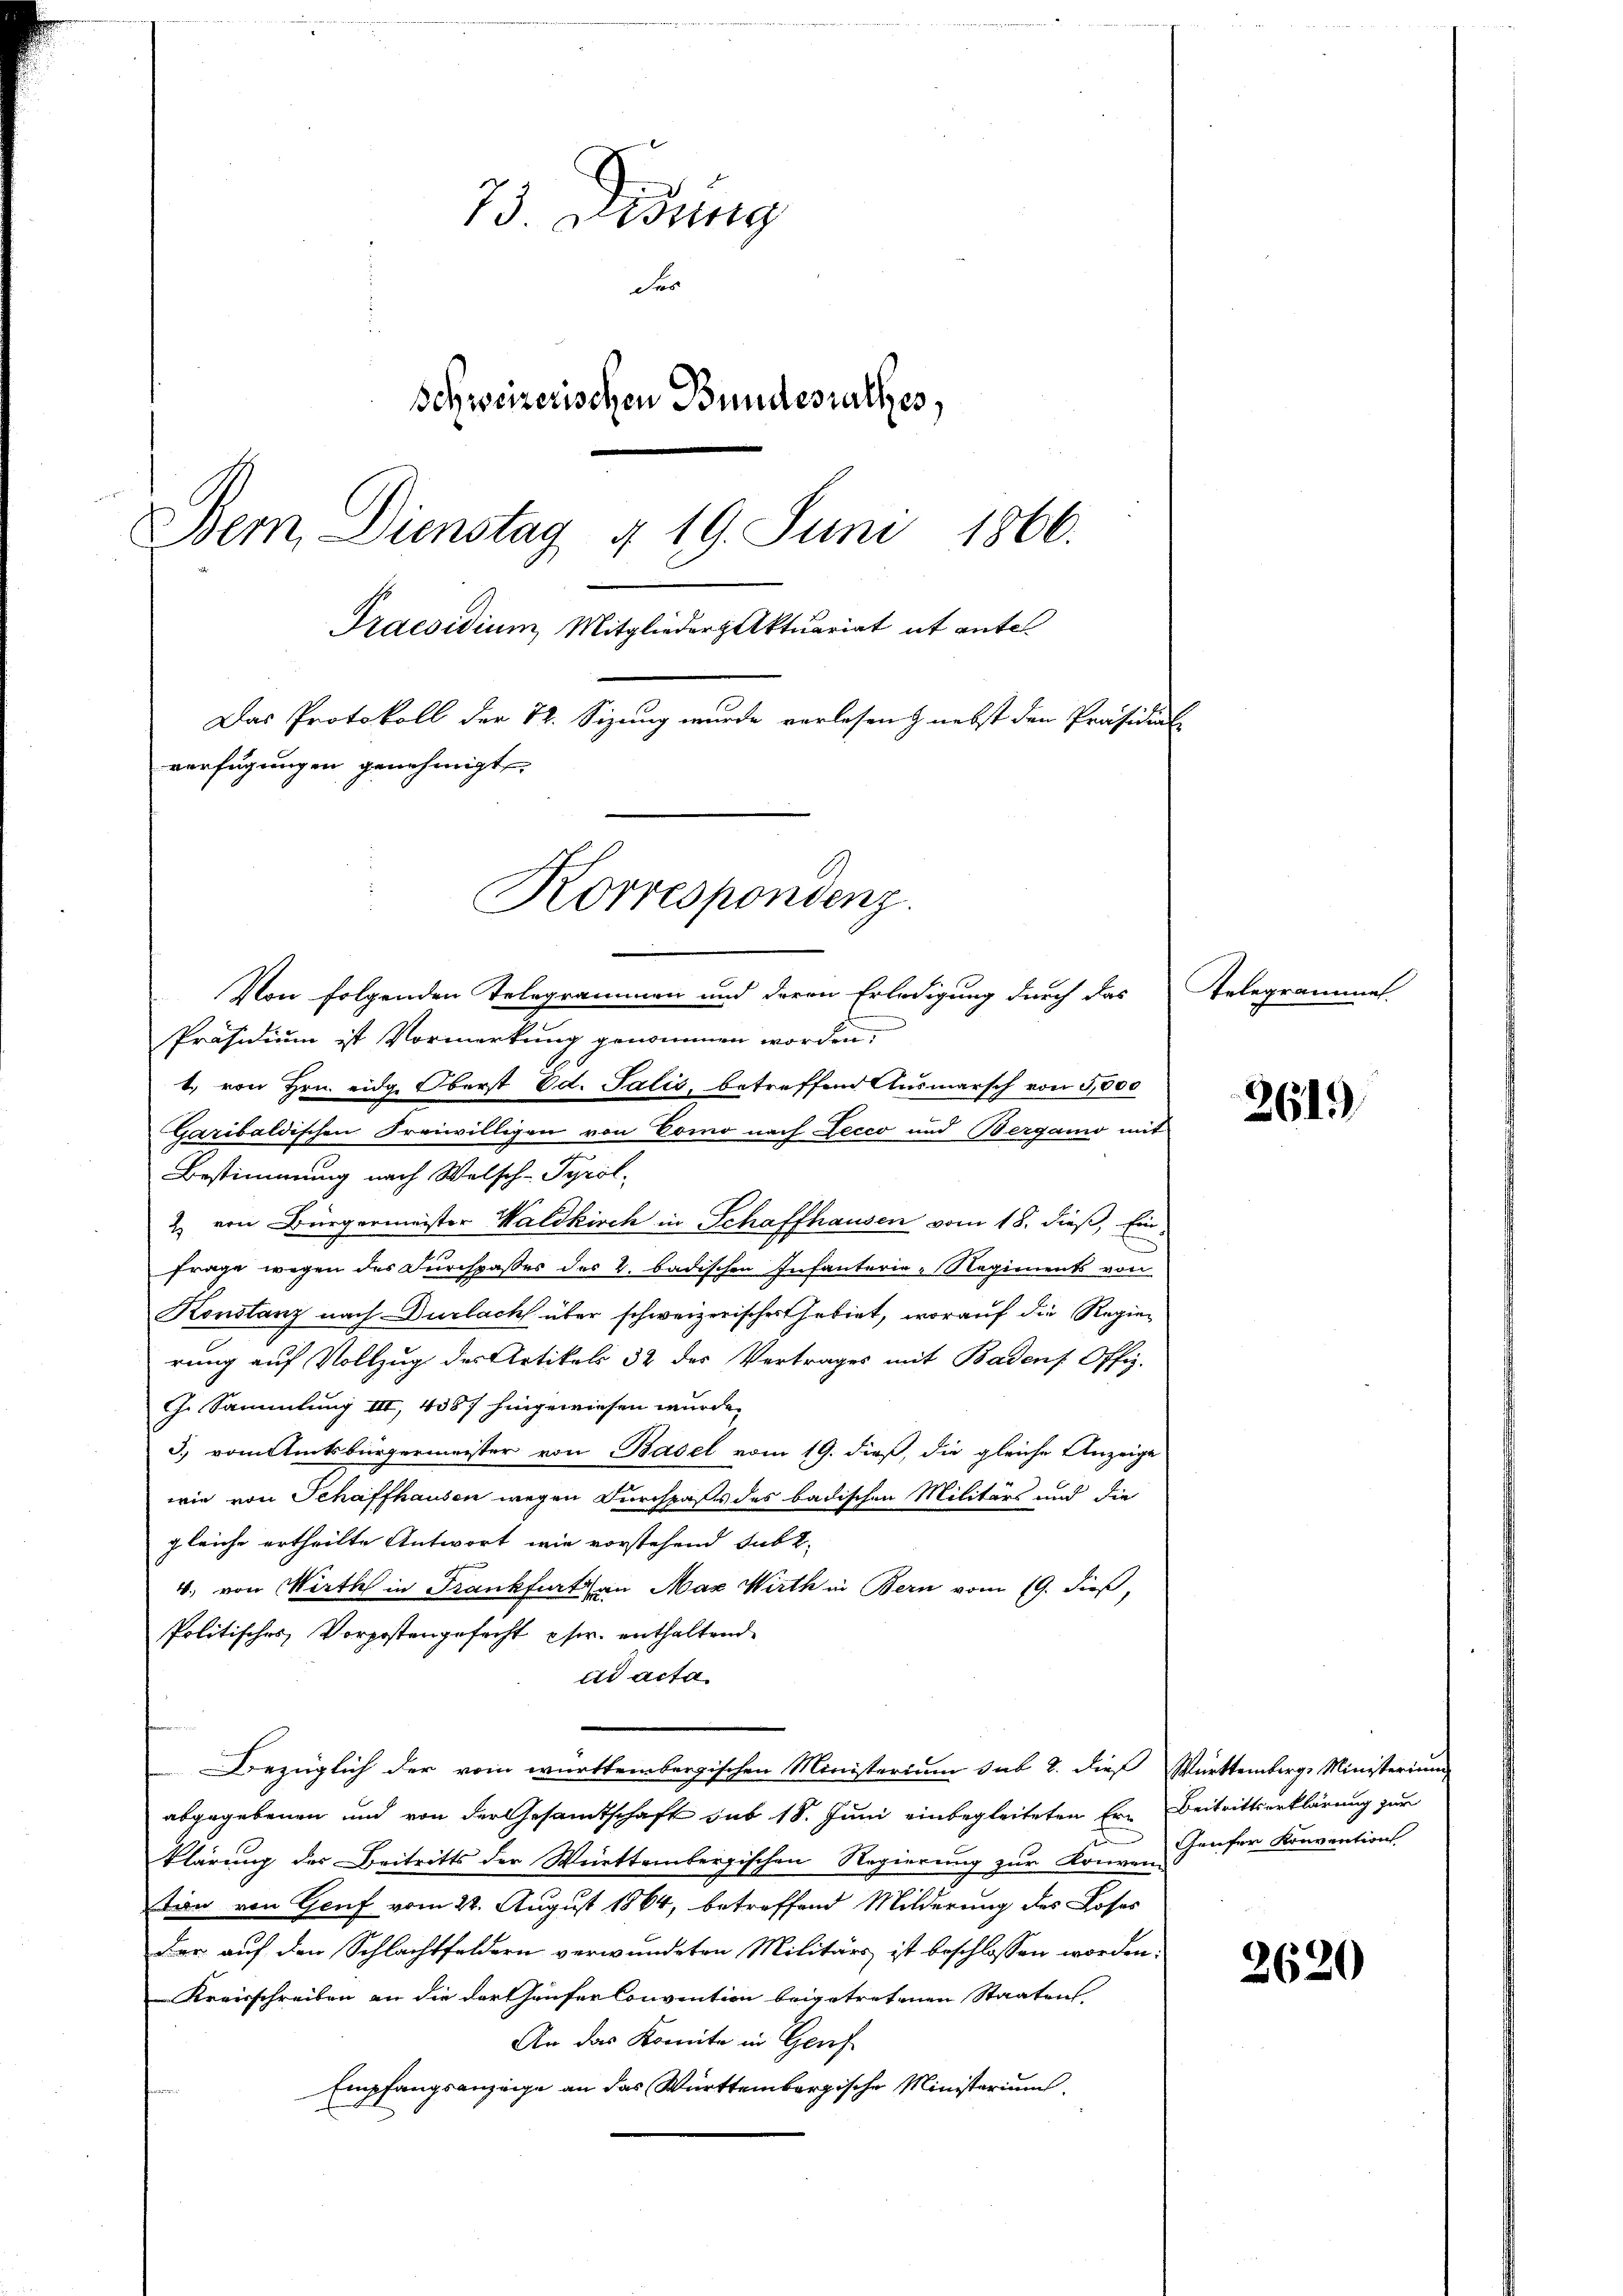
73. Aug
der
Schweizerischen Bundesrathes,
Dem Dienstag, § 19. Juni 1866.
Praesidium, Mitgliederhaktuariat it entes
Das Protokoll der 72. Sizung wurde verlesen & nebst den Präsidial-
verfügungen genehmigt,
Korrespondenz.

Von folgenden Telegrammen und deren Erledigung durch das
Präsidium ist Vormerkung genommen worden.
1. von Hrn. eidg. Oberst Ed. Salis, betreffend Ausmarsch von 5,000
Garibaldischen Freiwilligen von Como nach Lecco und Bergamo mit
Bestimmung nach Welsch-Tyrol.
2) von Bürgermeister Waldkirch in Schaffhausen vom 18. dieß, Einfrage wegen der Furchpasser des 2. badischen Infanterie-Regiments von
Konstanz nach Durlach über schweizerischer Gebiet, worauf die Regierung auf Vollzug des Artikels 32 des Vertrages mit Badens Offiz.
J. Sammlung III, 4357 hingewiesen wurde.
5.) vom Amtsbürgermeister von Basel vom 19. dieß, die gleiche Anzeige
wie von Schaffhausen wegen Durchpaßes des badischen Militärs und die
gleiche ertheilte Antwort, wie vorstehend sub t
4., von Wirth in Frankfurt an Max Wirth in Bern vom 19. dieß,
Politisches Vorpostengefecht estr. enthaltende
ad acta
Bezüglich der vom württembergischen Ministerium sub 8. dieß Württemberg, Ministerium
abgegebenen und von der Gesamtschaft sub 18. Juni einbegleiteten Ern Beitrittserklärung zur
klärung des Beitritts der Württembergischen Regierung zur Konnen Gruser Konventions
tion von Genf vom 22. August 1864, betreffend Milderung des Loses
Der auf den Schlachtfeldern verwundeten Militärs ist beschlossen worden.
Kreisschreiben an die der Chaufer Convention beigetretenen Staaten
An das Komite in Genf
Empfangsanzeige an das Württembergische Ministerium.

Telegrammel

2619

2620